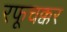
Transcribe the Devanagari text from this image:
रफूचक्कर